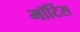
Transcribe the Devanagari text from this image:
मॉर्टिस